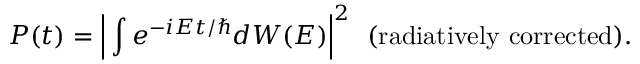
P ( t ) = \Big | \int e ^ { - i E t / \hbar } d W ( E ) \Big | ^ { 2 } \ \ ( \mathrm { r a d i a t i v e l y \ c o r r e c t e d } ) .